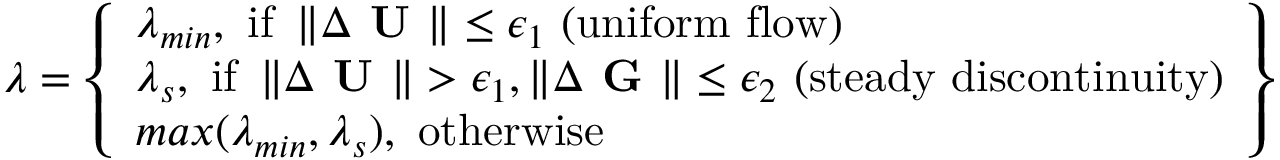
\lambda = \left\{ \begin{array} { l } { \lambda _ { m i n } , \mathrm { ~ i f ~ } \left\| \Delta \textbf { U } \right\| \leq \epsilon _ { 1 } \mathrm { ~ ( u n i f o r m ~ f l o w ) } } \\ { \lambda _ { s } , \mathrm { ~ i f ~ } \left\| \Delta \textbf { U } \right\| > \epsilon _ { 1 } , \left\| \Delta \textbf { G } \right\| \leq \epsilon _ { 2 } \mathrm { ~ ( s t e a d y ~ d i s c o n t i n u i t y ) } } \\ { m a x ( \lambda _ { m i n } , \lambda _ { s } ) , \mathrm { ~ o t h e r w i s e } } \end{array} \right\}